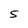
Character: S